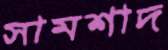
সামশাদ